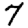
Digit: 7